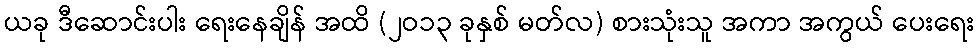
ယခု ဒီဆောင်းပါး ရေးနေချိန် အထိ (၂ဝ၁၃ ခုနှစ် မတ်လ) စားသုံးသူ အကာ အကွယ် ပေးရေး